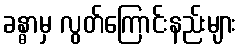
ခန္ဓာမှ လွတ်ကြောင်းနည်းများ